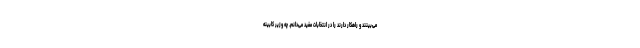
می‌بینند و راهکار دارند را در انتخابات مفید می‌دانم. چه وزیر کابینه